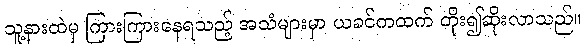
သူ့နားထဲမှ ကြားကြားနေရသည့် အသံများမှာ ယခင်ကထက် တိုး၍ဆိုးလာသည်။